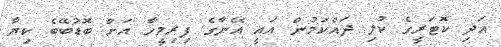
އަދި ކޮޓަރީގެ ކުލި ދައްކަމުން އައީ އޭނާގެ ފިރިމީހާ އަށް ބޮޑުބޭބެ ކިޔާ